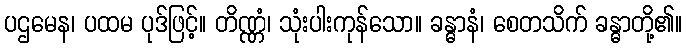
ပဌမေန၊ ပထမ ပုဒ်ဖြင့်။ တိဏ္ဏံ၊ သုံးပါးကုန်သော။ ခန္ဓာနံ၊ စေတသိက် ခန္ဓာတို့၏။